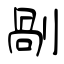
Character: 剮